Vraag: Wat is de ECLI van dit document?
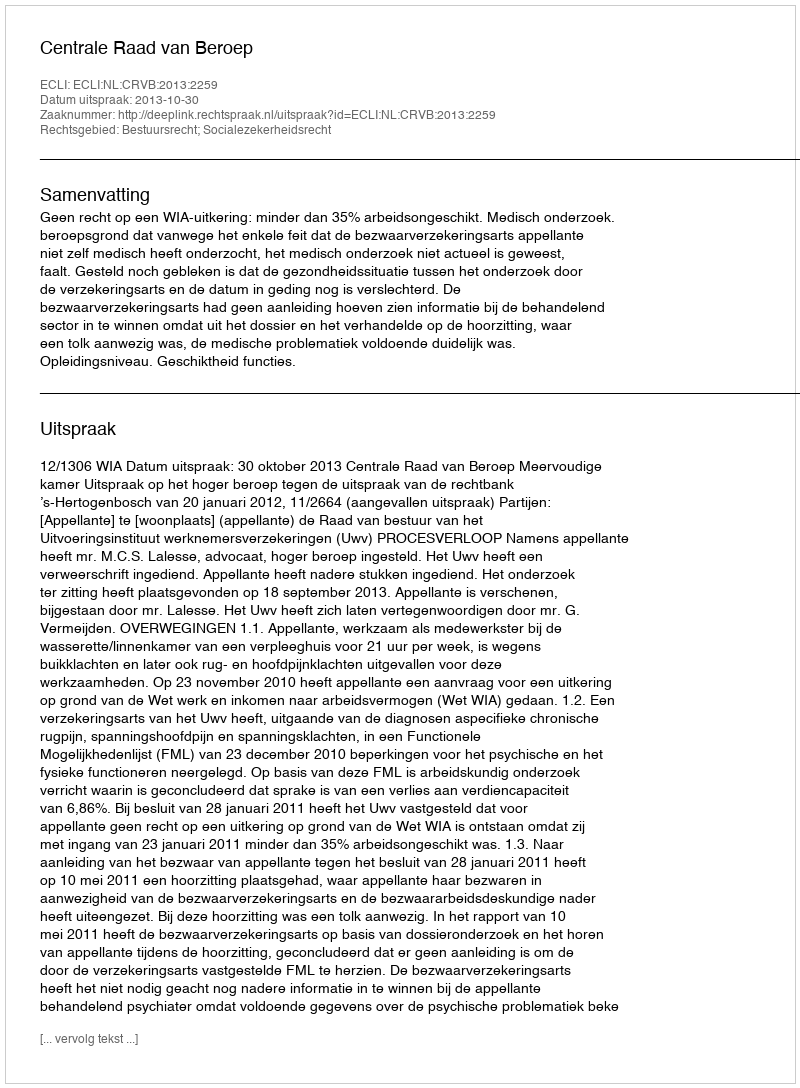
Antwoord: ECLI:NL:CRVB:2013:2259